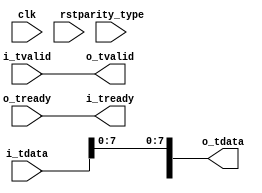
module axi_parity_error_detection (
   input clk, input rst, input parity_type,
   input [8:0] i_tdata, input i_tvalid, output i_tready,
   output [8:0] o_tdata, output o_tvalid, input o_tready
);

   wire [3:0] bitsum   = i_tdata[7] + i_tdata[6] + i_tdata[5] + i_tdata[4] + i_tdata[3] + i_tdata[2] + i_tdata[1] + i_tdata[0];
   assign o_tdata[7:0] = i_tdata[7:0];
   //assign o_tdata[8]   = F(parity_type, i_tdata[8], bitsum[0]);
   assign o_tvalid     = i_tvalid;
   assign i_tready     = o_tready;

endmodule